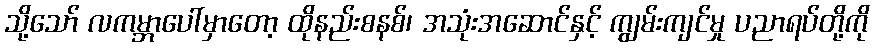
သို့သော် လကမ္ဘာပေါ်မှာတော့ ထိုနည်းစနစ်၊ အသုံးအဆောင်နှင့် ကျွမ်းကျင်မှု ပညာရပ်တို့ကို